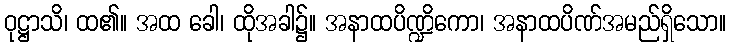
ဝုဋ္ဌာသိ၊ ထ၏။ အထ ခေါ၊ ထိုအခါ၌။ အနာထပိဏ္ဍိကော၊ အနာထပိဏ်အမည်ရှိသော။